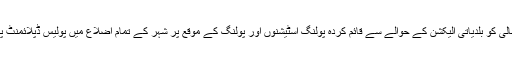
یہ بات آئی جی سندھ غلام حیدر جمالی کو بلدیاتی الیکشن کے حوالے سے قائم کردہ پولنگ اسٹیشنوں اور پولنگ کے موقع پر شہر کے تمام اضلاع میں پولیس ڈپلائمنٹ پر مشتمل تفصیلات میں بتائی گئی ۔